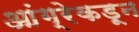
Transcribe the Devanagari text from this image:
आंग्रेकडून